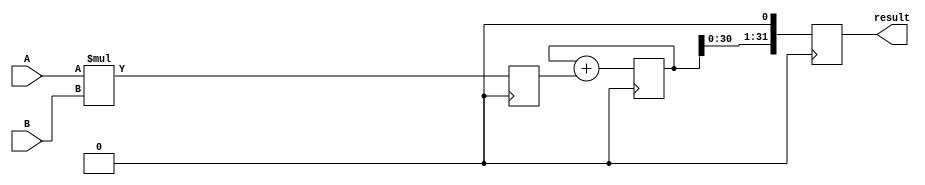
module CarrySaveMultiplier(input [15:0] A, input [15:0] B,
                           output reg [31:0] result);

reg [31:0] partial_sum;
reg [15:0] partial_product;

always @ (posedge clk) begin
   // Partial Product Calculation block
   partial_product <= A * B;
   
   // Accumulation block
   partial_sum <= partial_sum + partial_product;
   
   // Convert to Carry-Save format
   result <= partial_sum << 1;
end

endmodule